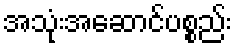
အသုံးအဆောင်ပစ္စည်း